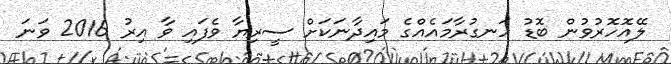
ލޭއޮހޮރުވުން ބޮޑު ހަނގުރާމައެއްގެ މައިދާނަކަށް ސީރިޔާ ވެފައި ވާ އިރު 2016 ވަނަ